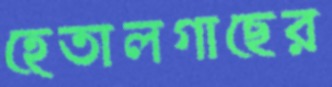
হেতালগাছের